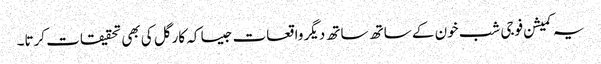
یہ کمیشن فوجی شب خون کے ساتھ ساتھ دیگر واقعات جیسا کہ کارگل کی بھی تحقیقات کرتا۔